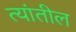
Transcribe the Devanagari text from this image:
त्‍यांतील